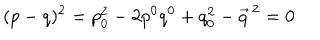
( p - q ) ^ { 2 } = p _ { 0 } ^ { 2 } - 2 p ^ { 0 } q ^ { 0 } + q _ { 0 } ^ { 2 } - \vec { q } ^ { \, 2 } = 0